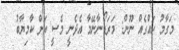
މަގާމު ހައްގެއް ނޫން: މަރަޑޯނާނޭމާ އެދެނީ މެސީ އަށް ކާމިޔާބު